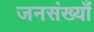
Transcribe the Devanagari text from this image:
जनसंख्याँ